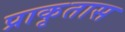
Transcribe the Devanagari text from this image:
प्राकृतास